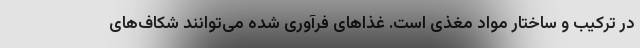
در ترکیب و ساختار مواد مغذی است. غذا‌های فرآوری شده می‌توانند شکاف‌های